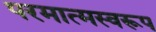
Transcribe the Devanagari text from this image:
परमात्मस्वरूप